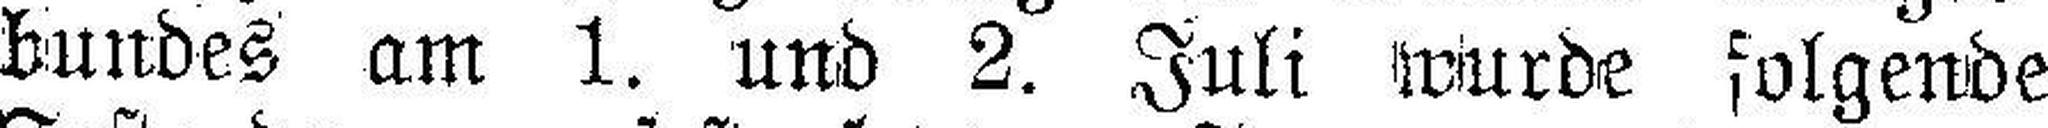
bundes am 1. und 2. Juli wurde folgende